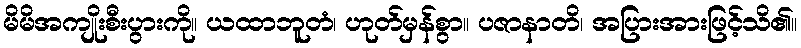
မိမိအကျိုးစီးပွားကို။ ယထာဘူတံ၊ ဟုတ်မှန်စွာ။ ပဇာနာတိ၊ အပြားအားဖြင့်သိ၏။